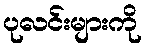
ပုလင်းများကို